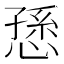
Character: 愻